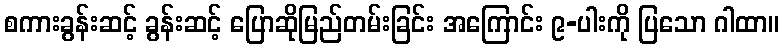
စကားခွန်းဆင့် ခွန်းဆင့် ပြောဆိုမြည်တမ်းခြင်း အကြောင်း ၉-ပါးကို ပြသော ဂါထာ။